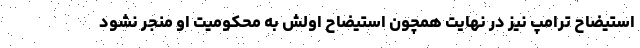
استیضاح ترامپ نیز در نهایت همچون استیضاح اولش به محکومیت او منجر نشود